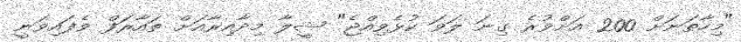
"މިހާތަނަށް 200 އަށްވުރެ ގިނަ ލަވަ ކުޅެވިއްޖެ" ޝީލާ މިދާއިރާއަށް ތައާރަފް ވެފައިވަނީ